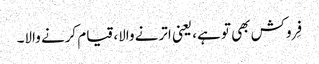
فِروکش بھی تو ہے، یعنی اترنے والا، قیام کرنے والا۔